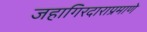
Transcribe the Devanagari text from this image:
जहागिरदाराप्रमाणे